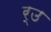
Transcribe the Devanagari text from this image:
र्उ